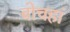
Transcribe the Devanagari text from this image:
बोचहां